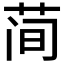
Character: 𫈉